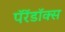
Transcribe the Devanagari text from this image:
पॅरॅडॉक्स